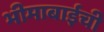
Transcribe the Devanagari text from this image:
भीमाबाईची